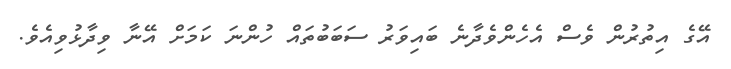
އޭގެ އިތުރުން ވެސް އެހެންވެދާނެ ބައިވަރު ސަބަބުތައް ހުންނަ ކަމަށް އޭނާ ވިދާޅުވިއެވެ.